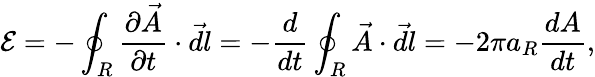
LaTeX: \mathcal E=-\oint_{R}\frac{\partial\vec{A}}{\partial t}\cdot\vec{dl}=-\frac{d}{dt}\oint_{R}\vec{A}\cdot\vec{dl}=-2\pi a_{R}\frac{dA}{dt},